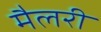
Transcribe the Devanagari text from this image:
मैलरी